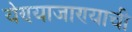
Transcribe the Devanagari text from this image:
येण्याजाण्याची